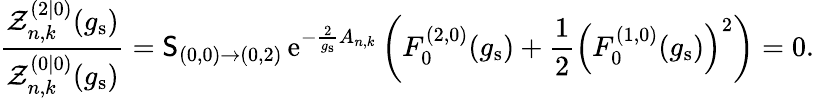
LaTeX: \frac{\mathcal{Z}_{n,k}^{(2|0)}(g_{\mathrm{s}})}{\mathcal{Z}_{n,k}^{(0|0)}(g_{\mathrm{s}})}=\mathsf{S}_{(0,0)\rightarrow(0,2)}\, {\mathrm{e}}^{-\frac{2}{g_{\mathrm{s}}}A_{n,k}}\left(F_{0}^{(2,0)}(g_{\mathrm{s}})+\frac{1}{2}\left(F_{0}^{(1,0)}(g_{\mathrm{s}})\right)^{2}\right)=0.